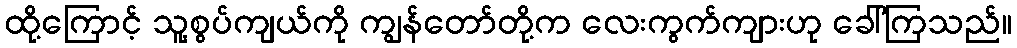
ထို့ကြောင့် သူ့စွပ်ကျယ်ကို ကျွန်တော်တို့က လေးကွက်ကျားဟု ခေါ်ကြသည်။